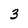
Character: 3